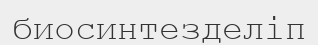
биосинтезделіп